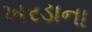
ખરડાના